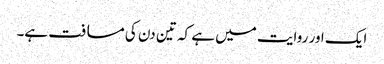
ایک اور روایت میں ہے کہ تین دن کی مسافت ہے۔